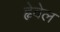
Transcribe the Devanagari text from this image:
ह्वेवेल